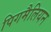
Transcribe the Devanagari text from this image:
पिगमैलियन